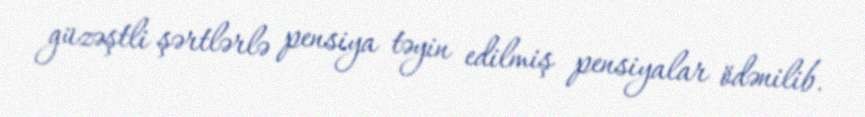
güzəştli şərtlərlə pensiya təyin edilmiş pensiyalar ödənilib.